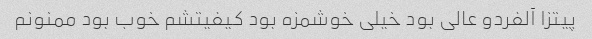
پیتزا آلفردو عالی بود خیلی خوشمزه بود کیفیتشم خوب بود ممنونم